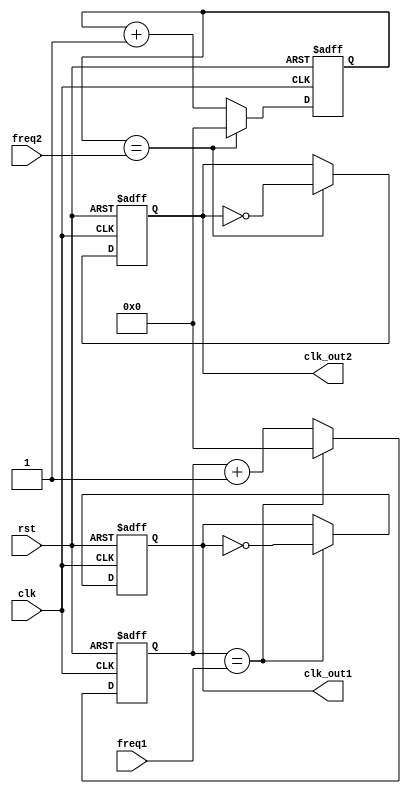
module multirate_timer (
  input wire clk,
  input wire rst,
  input wire [7:0] freq1,
  input wire [7:0] freq2,
  output reg clk_out1,
  output reg clk_out2
);

reg [7:0] counter1;
reg [7:0] counter2;

always @(posedge clk or posedge rst) begin
  if (rst) begin
    counter1 <= 8'h00;
    counter2 <= 8'h00;
    clk_out1 <= 1'b0;
    clk_out2 <= 1'b0;
  end else begin
    if (counter1 == freq1) begin
      counter1 <= 8'h00;
      clk_out1 <= ~clk_out1;
    end else begin
      counter1 <= counter1 + 1;
    end
    
    if (counter2 == freq2) begin
      counter2 <= 8'h00;
      clk_out2 <= ~clk_out2;
    end else begin
      counter2 <= counter2 + 1;
    end
  end
end

endmodule